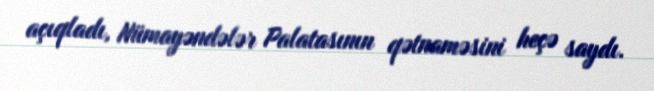
açıqladı, Nümayəndələr Palatasının qətnaməsini heçə saydı.